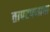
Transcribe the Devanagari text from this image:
तापटपणाचा